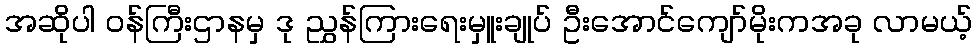
အဆိုပါ ဝန်ကြီးဌာနမှ ဒု ညွှန်ကြားရေးမှူးချုပ် ဦးအောင်ကျော်မိုးကအခု လာမယ့်